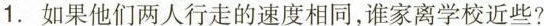
1.如果他们两人行走的速度相同，谁家离学校近些?